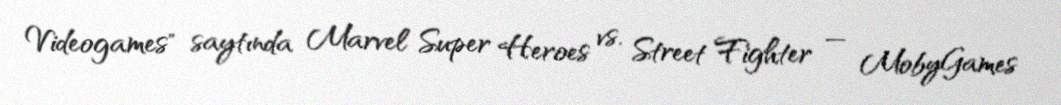
Videogames" saytında Marvel Super Heroes vs. Street Fighter — MobyGames